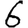
Digit: 6